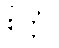
စိတ္တံ။